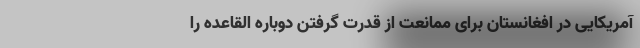
آمریکایی در افغانستان برای ممانعت از قدرت گرفتن دوباره القاعده را